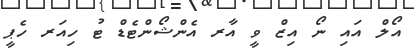
އޯލް އައި ނޯ އިޒް ވީ އާރ އެންޝޯންޓެޑް ޓު ހިއަރ ހެޕީ